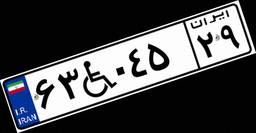
۶۳W۰۴۵۲۹